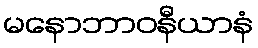
မနောဘာဝနီယာနံ